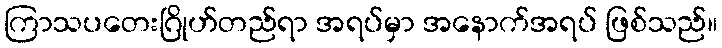
ကြာသပတေးဂြိုဟ်တည်ရာ အရပ်မှာ အနောက်အရပ် ဖြစ်သည်။